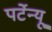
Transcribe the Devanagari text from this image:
पर्टेन्यू